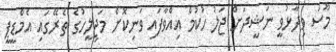
މޫސަ ވިދާޅުވީ ނަޝީދަށް ޖަލު ހުކުމް އިއްވާފައި ވަނިކޮށް މަޖިލީހުގެ ތެރޭގައި އެމްޑީޕީ